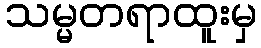
သမ္မတရာထူးမှ